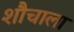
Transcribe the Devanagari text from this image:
शौचाला